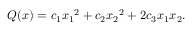
Q ( x ) = c _ { 1 } { x _ { 1 } } ^ { 2 } + c _ { 2 } { x _ { 2 } } ^ { 2 } + 2 c _ { 3 } x _ { 1 } x _ { 2 } .